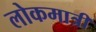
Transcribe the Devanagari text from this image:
लोकमात्री